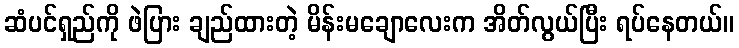
ဆံပင်ရှည်ကို ဖဲပြား ချည်ထားတဲ့ မိန်းမချောလေးက အိတ်လွယ်ပြီး ရပ်နေတယ်။